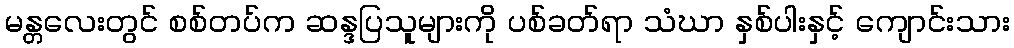
မန္တလေးတွင် စစ်တပ်က ဆန္ဒပြသူများကို ပစ်ခတ်ရာ သံဃာ နှစ်ပါးနှင့် ကျောင်းသား